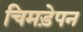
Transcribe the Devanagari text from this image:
चिमड़ेपन